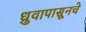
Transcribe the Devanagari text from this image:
ध्रुवापासूनचे